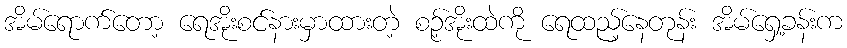
အိမ်ရောက်တော့ ရေအိုးစင်နားမှာထားတဲ့ စဉ့်အိုးထဲကို ရေထည့်နေတုန်း အိမ်ရှေ့ခန်းက